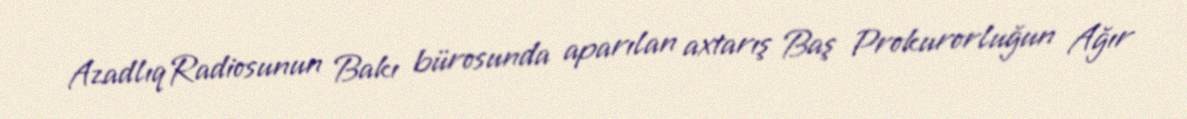
AzadlıqRadiosunun Bakı bürosunda aparılan axtarış Baş Prokurorluğun Ağır